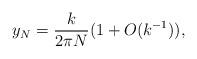
LaTeX: \begin{align*} y_N = \frac{k}{2 \pi N} (1 + O(k^{-1})),\end{align*}